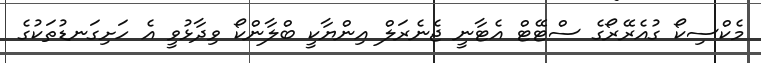
މެކްސިކޯ ގުއެރޭރޯގެ ސްޓޭޓް އެޓާނީ ޖެނެރަލް އިންޔާކީ ބްލާންކޯ ވިދާޅުވީ އެ ހަށިގަނޑުތަކުގެ